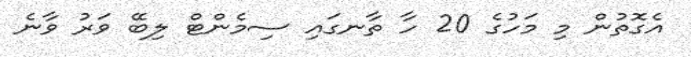
އެގޮތުން މި މަހުގެ 20 ހާ ތާނގައި ސިމެންޓް ލިބޭ ވަރު ވާނެ